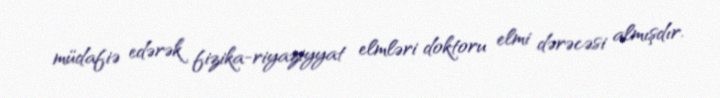
müdafiə edərək fizika-riyaziyyat elmləri doktoru elmi dərəcəsi almışdır.